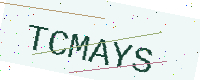
Text: TCMAYS